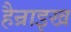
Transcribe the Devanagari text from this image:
हैन्राइख